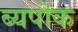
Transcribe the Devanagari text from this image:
ब्यपॊक